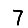
Digit: 7